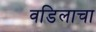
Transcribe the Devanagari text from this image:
वडिलाचा